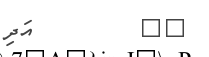
٤٣         އަދި